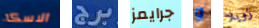
الاسكا برج جرايمز و زويلا